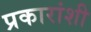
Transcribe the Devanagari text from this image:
प्रकारांशी